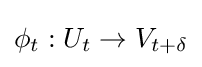
\phi _{t}:U_{t}\to V_{t+\delta }